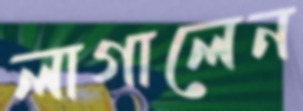
লাগালেন